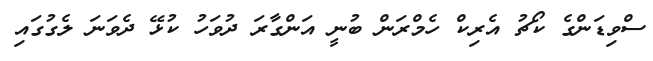
ސްވިޑަންގެ ކޯޗު އެރިކް ހެމްރަން ބުނީ އަންގާރަ ދުވަހު ކުޅޭ ދެވަނަ ލެގުގައި